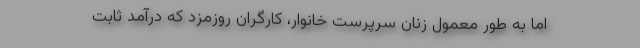
اما به طور معمول زنان سرپرست خانوار، کارگران روزمزد که درآمد ثابت